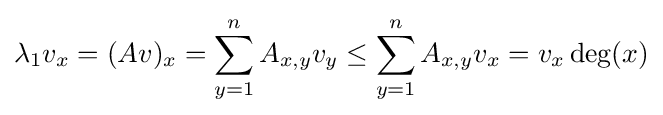
\lambda _{1}v_{x}=(Av)_{x}=\sum _{y=1}^{n}A_{x,y}v_{y}\leq \sum _{y=1}^{n}A_{x,y}v_{x}=v_{x}\deg(x)